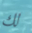
لك